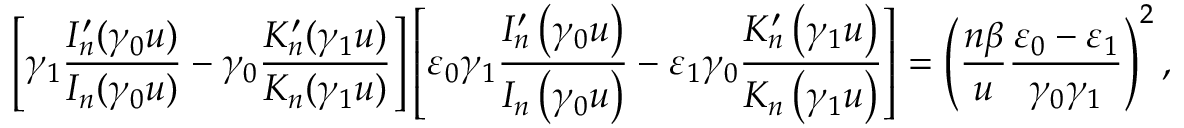
\left[ \gamma _ { 1 } \frac { I _ { n } ^ { \prime } ( \gamma _ { 0 } u ) } { I _ { n } ( \gamma _ { 0 } u ) } - \gamma _ { 0 } \frac { K _ { n } ^ { \prime } ( \gamma _ { 1 } u ) } { K _ { n } ( \gamma _ { 1 } u ) } \right] \left[ \varepsilon _ { 0 } \gamma _ { 1 } \frac { I _ { n } ^ { \prime } \left( \gamma _ { 0 } u \right) } { I _ { n } \left( \gamma _ { 0 } u \right) } - \varepsilon _ { 1 } \gamma _ { 0 } \frac { K _ { n } ^ { \prime } \left( \gamma _ { 1 } u \right) } { K _ { n } \left( \gamma _ { 1 } u \right) } \right] = \left( \frac { n \beta } { u } \frac { \varepsilon _ { 0 } - \varepsilon _ { 1 } } { \gamma _ { 0 } \gamma _ { 1 } } \right) ^ { 2 } ,